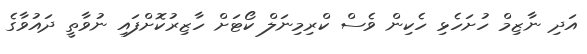
އަދި ނާޒިމް ހުށަހެޅި ހެކިން ވެސް ކްރިމިނަލް ކޯޓަށް ހާޒިރުކޮށްފައި ނުވާތީ ދައުވާގެ